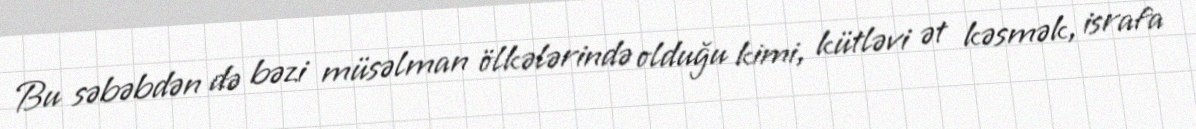
Bu səbəbdən də bəzi müsəlman ölkələrində olduğu kimi, kütləvi ət kəsmək, israfa